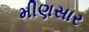
મીણસાર